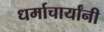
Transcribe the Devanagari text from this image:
धर्माचार्यांनी